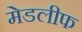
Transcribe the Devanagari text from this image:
मेडलीफ